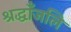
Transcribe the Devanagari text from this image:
श्रद्धाँजलि